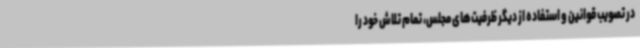
در تصویب قوانین و استفاده از دیگر ظرفیت‌های مجلس، تمام تلاش خود را